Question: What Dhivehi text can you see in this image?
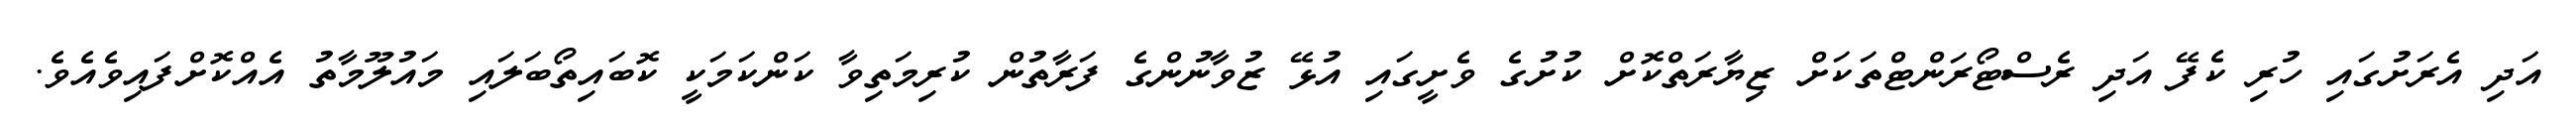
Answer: އަދި އެރަށުގައި ހުރި ކެފޭ އަދި ރެސްޓޯރަންޓްތަކަށް ޒިޔާރަތްކޮށް ކުށުގެ ވެށީގައި އުޅޭ ޒުވާނުންގެ ފަރާތުން ކުރިމަތިވާ ކަންކަމަކީ ކޮބައިތޯބަލައި މައުލޫމާތު އެއްކޮށްފައިވެއެވެ.